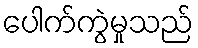
ပေါက်ကွဲမှုသည်